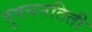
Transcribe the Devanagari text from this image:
दुषयनतिती